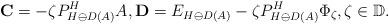
LaTeX: \begin{align*}\mathbf{C} = - \zeta P^H_{H\ominus D(A)} A,\mathbf{D} = E_{H\ominus D(A)} - \zeta P^H_{H\ominus D(A)} \Phi_\zeta,\zeta\in\mathbb{D}. \end{align*}